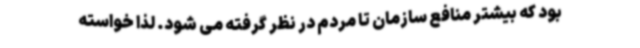
بود که بیشتر منافع سازمان تا مردم در نظر گرفته می شود. لذا خواسته